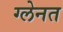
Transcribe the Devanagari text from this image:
ग्लेनत